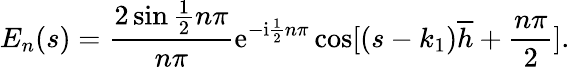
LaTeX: E_{n}(s)=\frac{2\sin\frac{1}{2}n\pi}{n\pi}\mathrm{e}^{-\mathrm{i}\frac{1}{2}n\pi}\cos[(s-k_{1})\overline{{h}}+\frac{n\pi}{2}].